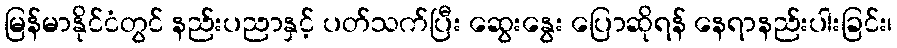
မြန်မာနိုင်ငံတွင် နည်းပညာနှင့် ပတ်သက်ပြီး ဆွေးနွေး ပြောဆိုရန် နေရာနည်းပါးခြင်း၊